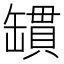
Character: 罆